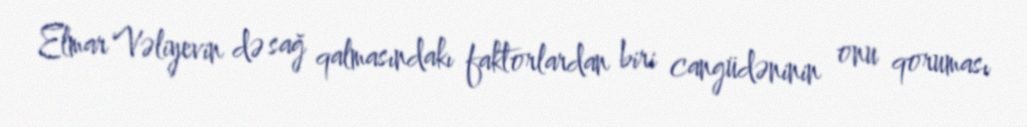
Elmar Vəliyevin də sağ qalmasındakı faktorlardan biri cangüdəninin onu qoruması